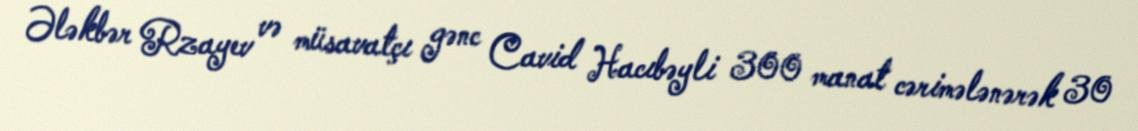
Ələkbər Rzayev və müsavatçı gənc Cavid Hacıbəyli 300 manat cərimələnərək 30